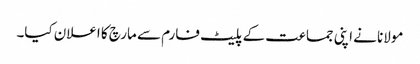
مولانا نے اپنی جماعت کے پلیٹ فارم سے مارچ کا اعلان کیا۔